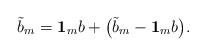
LaTeX: \begin{align*}\tilde{b}_m=\mathbf{1}_m b + \big(\tilde{b}_m - \mathbf{1}_m b\big).\end{align*}